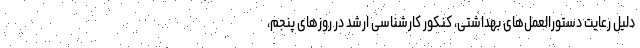
دلیل رعایت دستورالعمل‌های بهداشتی، کنکور کارشناسی ارشد در روزهای پنجم،